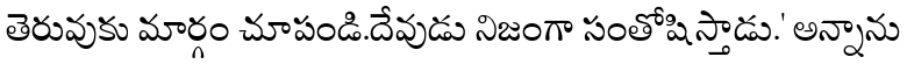
తెరువుకు మార్గం చూపండి.దేవుడు నిజంగా సంతోషిస్తాడు.' అన్నాను